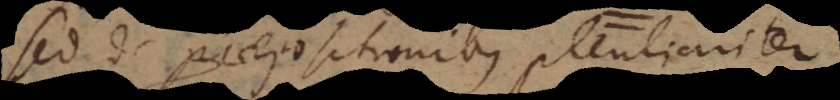
Sed de praepositionibus peculiariter